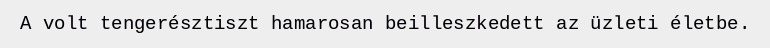
A volt tengerésztiszt hamarosan beilleszkedett az üzleti életbe.